Civil Veterinary Department. Central Provinces & Berar 1932-41 - 1932-1941
Year: 1932
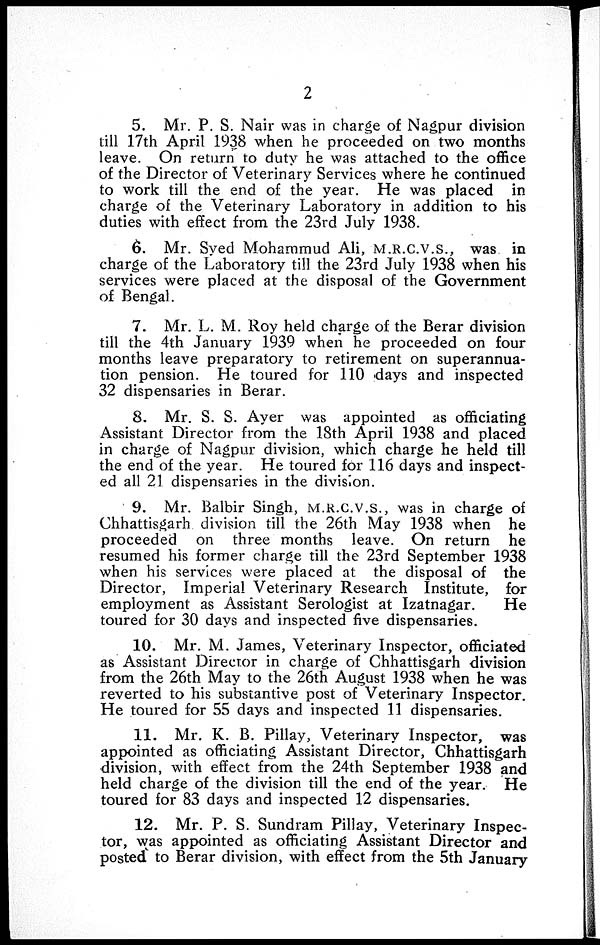
2
5. Mr. P. S. Nair was in charge of Nagpur division
till 17th April 1938 when he proceeded on two months
leave. On return to duty he was attached to the office
of the Director of Veterinary Services where he continued
to work till the end of the year. He was placed in
charge of the Veterinary Laboratory in addition to his
duties with effect from the 23rd July 1938.
6. Mr. Syed Mohammud Ali, M.R.C.V.S., was in
charge of the Laboratory till the 23rd July 1938 when his
services were placed at the disposal of the Government
of Bengal.
7. Mr. L. M. Roy held charge of the Berar division
till the 4th January 1939 when he proceeded on four
months leave preparatory to retirement on superannua-
tion pension. He toured for 110 days and inspected
32 dispensaries in Berar.
8. Mr. S. S. Ayer was appointed as officiating
Assistant Director from the 18th April 1938 and placed
in charge of Nagpur division, which charge he held till
the end of the year. He toured for 116 days and inspect-
ed all 21 dispensaries in the division.
9. Mr. Balbir Singh, M.R.C.V.S., was in charge of
Chhattisgarh division till the 26th May 1938 when he
proceeded on three months leave. On return he
resumed his former charge till the 23rd September 1938
when his services were placed at the disposal of the
Director, Imperial Veterinary Research Institute, for
employment as Assistant Serologist at Izatnagar.
He
toured for 30 days and inspected five dispensaries.
10. Mr. M. James, Veterinary Inspector, officiated
as Assistant Director in charge of Chhattisgarh division
from the 26th May to the 26th August 1938 when he was
reverted to his substantive post of Veterinary Inspector.
He toured for 55 days and inspected 11 dispensaries.
11. Mr. K. B. Pillay, Veterinary Inspector, was
appointed as officiating Assistant Director, Chhattisgarh
division, with effect from the 24th September 1938 and
held charge of the division till the end of the year. He
toured for 83 days and inspected 12 dispensaries.
12. Mr. P. S. Sundram Pillay, Veterinary Inspec-
tor, was appointed as officiating Assistant Director and
posted to Berar division, with effect from the 5th January